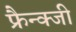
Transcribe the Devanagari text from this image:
फ्रैन्क्जी